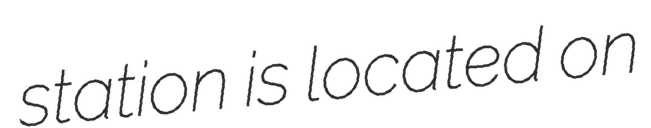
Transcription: station is located on